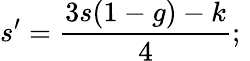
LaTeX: s^{\prime}=\frac{3s(1-g)-k}{4};\, \,